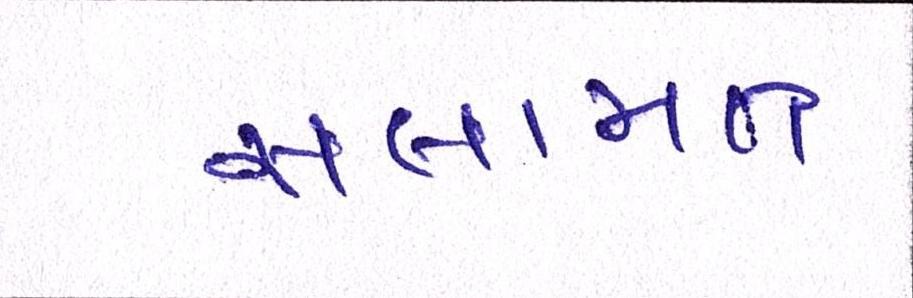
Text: સલામત